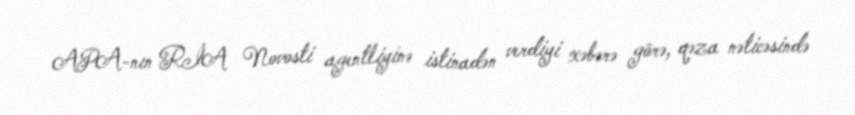
APA-nın RİA Novosti agentliyinə istinadən verdiyi xəbərə görə, qəza nəticəsində